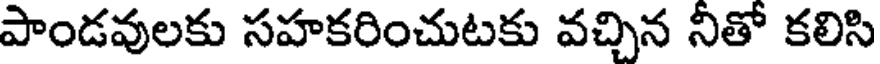
పాండవులకు సహకరించుటకు వచ్చిన నీతో కలిసి